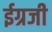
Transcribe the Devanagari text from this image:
ईग्रजी